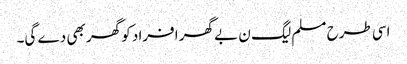
اسی طرح مسلم لیگ ن بے گھر افراد کو گھر بھی دے گی۔